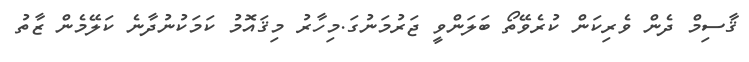
ޤާސިމް ދެން ވެރިކަން ކުރެވޭތޯ ބަލަންވީ ޖަރުމަނުގަ.މިހާރު މިޤައޮމު ކަމަކުނުދާނެ ކަލޭމެން ޒާތު